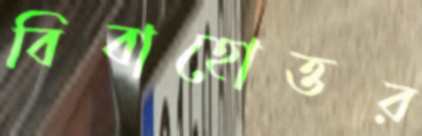
বিবাহোত্তর